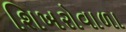
શિખરોવાળા